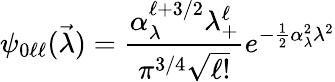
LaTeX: \psi_{0\ell\ell}(\vec{\lambda})={\frac{\alpha_{\lambda}^{\ell+3/2}\lambda_{+}^{\ell}}{{\pi^{3/4}}\sqrt{\ell!}}}e^{-{\frac{1}{2}}\alpha_{\lambda}^{2}\lambda^{2}}